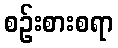
စဉ်းစားစရာ